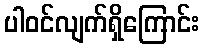
ပါဝင်လျက်ရှိကြောင်း